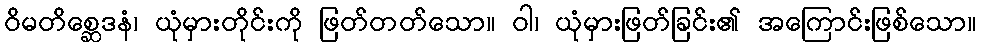
ဝိမတိစ္ဆေဒနံ၊ ယုံမှားတိုင်းကို ဖြတ်တတ်သော။ ဝါ၊ ယုံမှားဖြတ်ခြင်း၏ အကြောင်းဖြစ်သော။